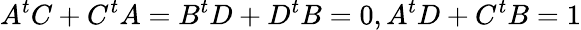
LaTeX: A^{t}C+C^{t}A=B^{t}D+D^{t}B=0,A^{t}D+C^{t}B=1